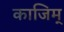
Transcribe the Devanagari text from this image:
काजिम्